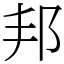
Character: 邦